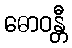
ဓောဝန္တီ